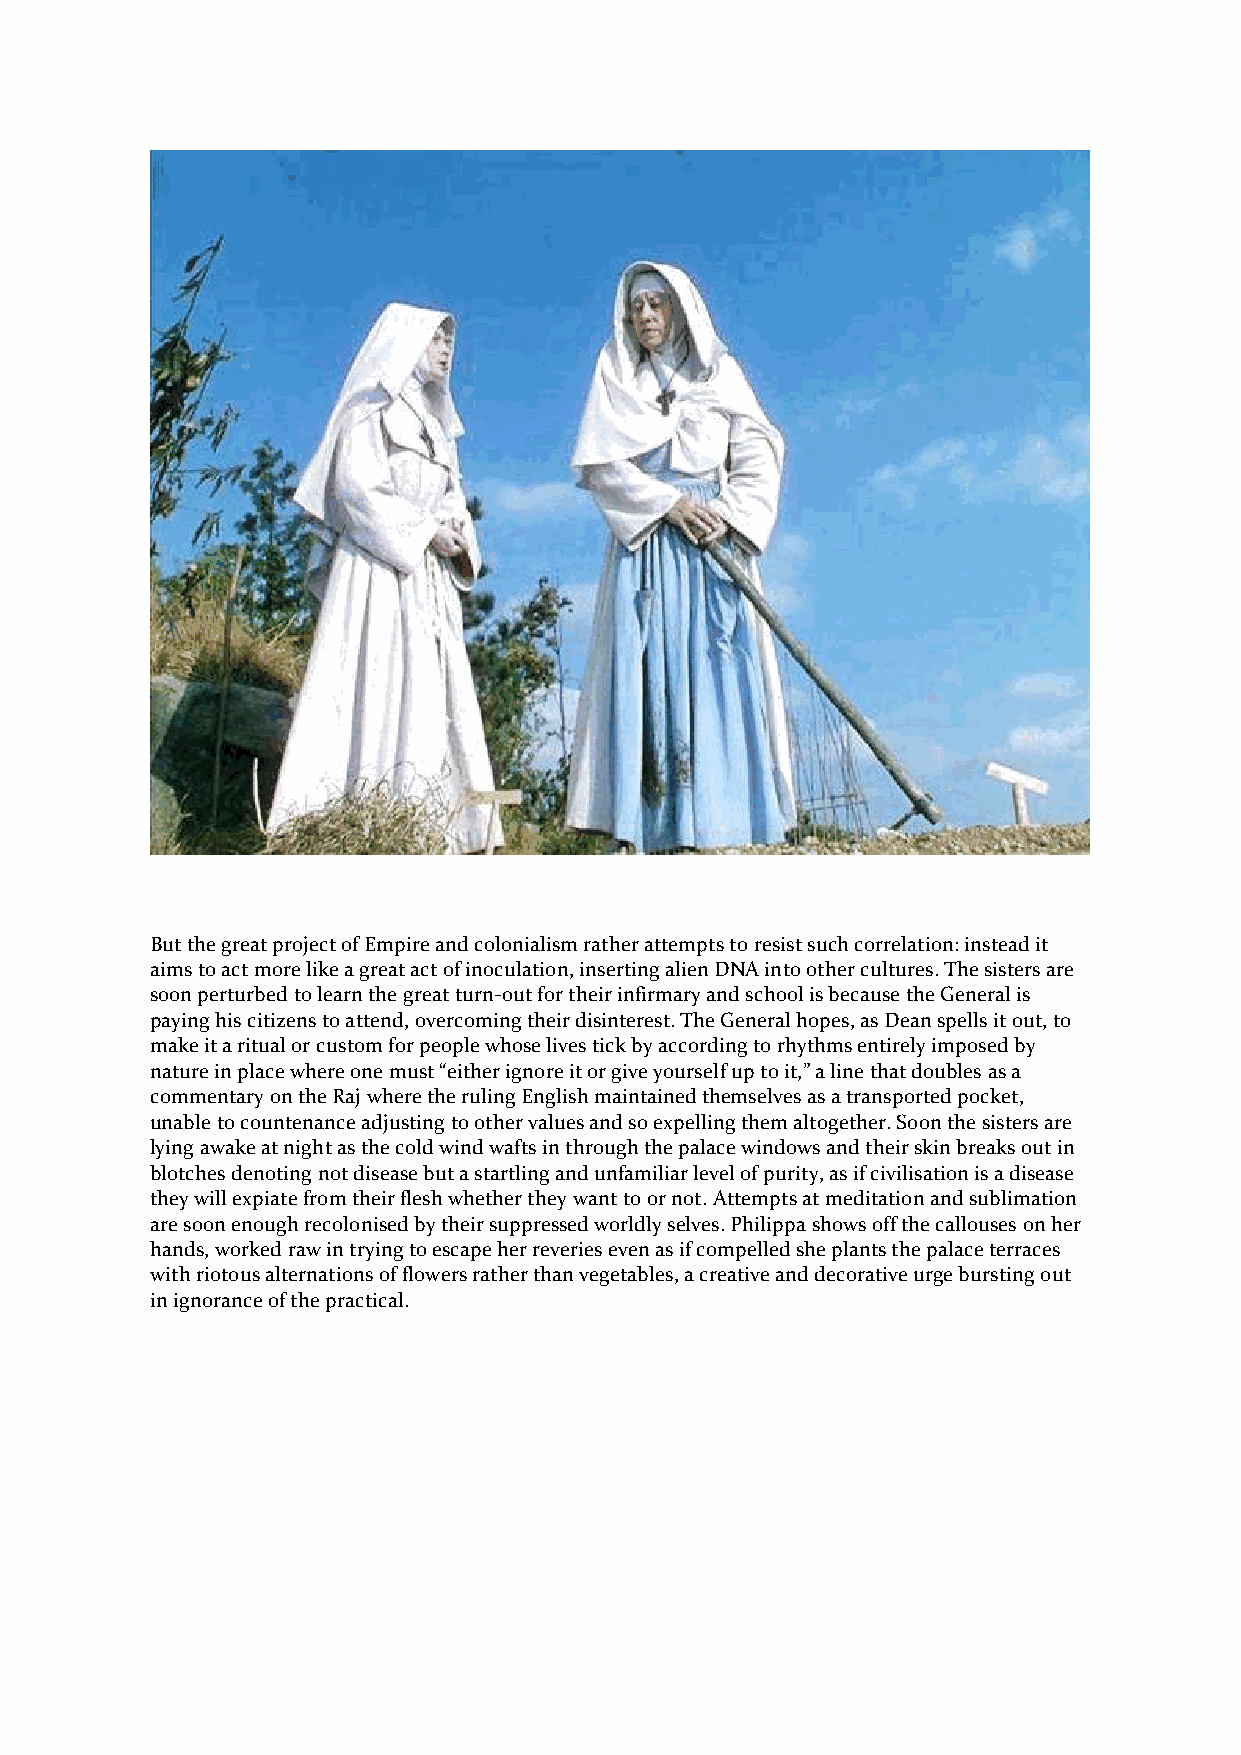
But the great project of Empire and colonialism rather attempts to resist such correlation: instead it
 aims to act more like a great act of inoculation, inserting alien DNA into other cultures. The sisters are
 soon perturbed to learn the great turn-out for their infirmary and school is because the General is
 paying his citizens to attend, overcoming their disinterest. The General hopes, as Dean spells it out, to
 make it a ritual or custom for people whose lives tick by according to rhythms entirely imposed by
 nature in place where one must “either ignore it or give yourself up to it,” a line that doubles as a
 commentary on the Raj where the ruling English maintained themselves as a transported pocket,
 unable to countenance adjusting to other values and so expelling them altogether. Soon the sisters are
 lying awake at night as the cold wind wafts in through the palace windows and their skin breaks out in
 blotches denoting not disease but a startling and unfamiliar level of purity, as if civilisation is a disease
 they will expiate from their flesh whether they want to or not. Attempts at meditation and sublimation
 are soon enough recolonised by their suppressed worldly selves. Philippa shows off the callouses on her
 hands, worked raw in trying to escape her reveries even as if compelled she plants the palace terraces
 with riotous alternations of flowers rather than vegetables, a creative and decorative urge bursting out
 in ignorance of the practical.